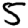
Digit: 5